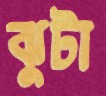
ঝুটা